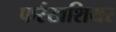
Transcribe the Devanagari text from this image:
फर्रखशियर